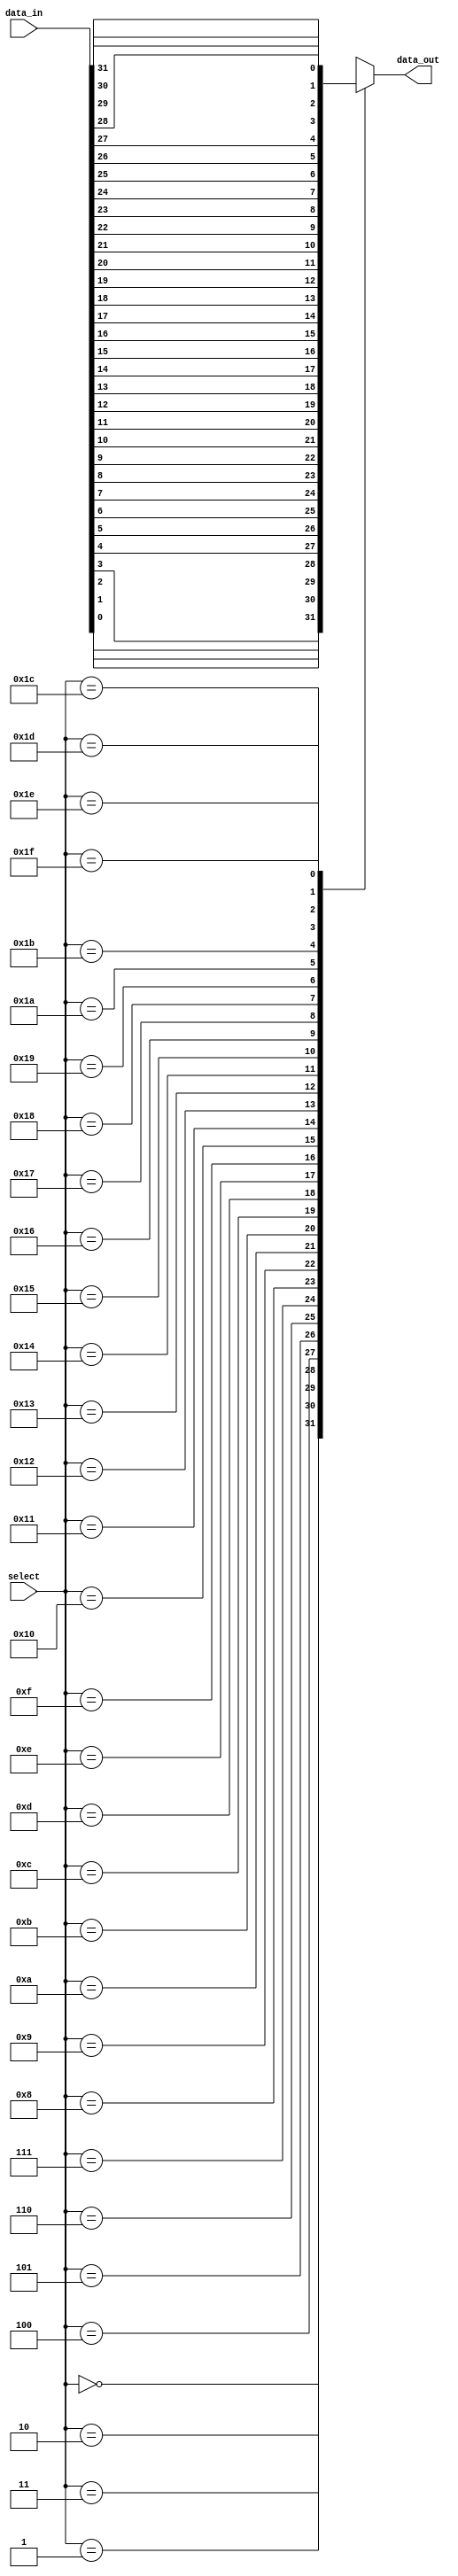
module mux_32_1 (
    input [31:0] data_in,
    input [4:0] select,
    output reg data_out
);

always @(*)
begin
    case (select)
        5'h00: data_out <= data_in[0];
        5'h01: data_out <= data_in[1];
        5'h02: data_out <= data_in[2];
        5'h03: data_out <= data_in[3];
        5'h04: data_out <= data_in[4];
        5'h05: data_out <= data_in[5];
        5'h06: data_out <= data_in[6];
        5'h07: data_out <= data_in[7];
        5'h08: data_out <= data_in[8];
        5'h09: data_out <= data_in[9];
        5'h0A: data_out <= data_in[10];
        5'h0B: data_out <= data_in[11];
        5'h0C: data_out <= data_in[12];
        5'h0D: data_out <= data_in[13];
        5'h0E: data_out <= data_in[14];
        5'h0F: data_out <= data_in[15];
        5'h10: data_out <= data_in[16];
        5'h11: data_out <= data_in[17];
        5'h12: data_out <= data_in[18];
        5'h13: data_out <= data_in[19];
        5'h14: data_out <= data_in[20];
        5'h15: data_out <= data_in[21];
        5'h16: data_out <= data_in[22];
        5'h17: data_out <= data_in[23];
        5'h18: data_out <= data_in[24];
        5'h19: data_out <= data_in[25];
        5'h1A: data_out <= data_in[26];
        5'h1B: data_out <= data_in[27];
        5'h1C: data_out <= data_in[28];
        5'h1D: data_out <= data_in[29];
        5'h1E: data_out <= data_in[30];
        5'h1F: data_out <= data_in[31];
    endcase
end

endmodule